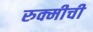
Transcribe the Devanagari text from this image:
रुक्मीची